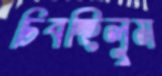
চিবচ্ছিলুম